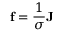
\mathbf { f } = { \frac { 1 } { \sigma } } \mathbf { J }